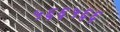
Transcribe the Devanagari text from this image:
५६६५६६